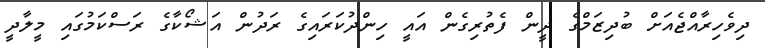
ދިވެހިރާއްޖެއަށް ބުދިޒަމްގެ ދީން ފެތުރިގެން އައީ ހިންދުކަރައިގެ ރަދުން އަޝޯކާގެ ރަސްކަމުގައި މީލާދީ